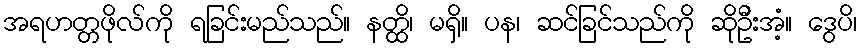
အရဟတ္တဖိုလ်ကို ရခြင်းမည်သည်။ နတ္ထိ၊ မရှိ။ ပန၊ ဆင်ခြင်သည်ကို ဆိုဦးအံ့။ ဒွေပိ၊